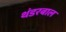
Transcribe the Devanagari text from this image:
थंडरबाल